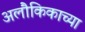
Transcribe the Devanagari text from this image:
अलौकिकाच्या